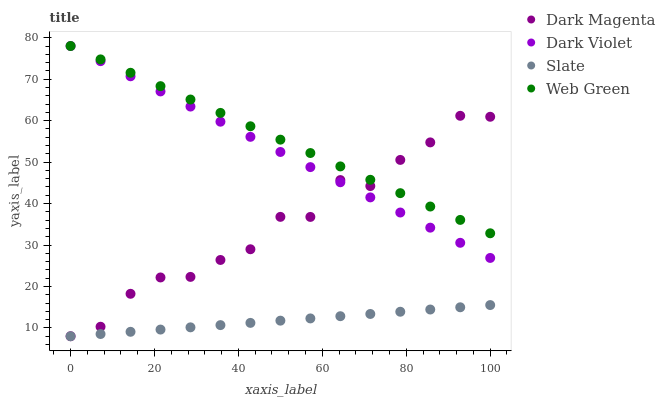
| xaxis_label | Dark Magenta | Dark Violet | Slate | Web Green |
 | --- | --- | --- | --- | --- |
 | 0 | 8 | 78 | 8 | 78 |
 | 7.14 | 10.3 | 74.3 | 8.54 | 74.8 |
 | 14.3 | 18.2 | 70.7 | 9.07 | 71.5 |
 | 21.4 | 22.2 | 67 | 9.61 | 68.3 |
 | 28.6 | 22.3 | 63.4 | 10.1 | 65.1 |
 | 35.7 | 26.4 | 59.7 | 10.7 | 61.9 |
 | 42.9 | 29 | 56.1 | 11.2 | 58.6 |
 | 50 | 36.8 | 52.4 | 11.8 | 55.4 |
 | 57.1 | 36.8 | 48.8 | 12.3 | 52.2 |
 | 64.3 | 45.7 | 45.1 | 12.8 | 49 |
 | 71.4 | 44.2 | 41.5 | 13.4 | 45.7 |
 | 78.6 | 50.5 | 37.8 | 13.9 | 42.5 |
 | 85.7 | 54.8 | 34.2 | 14.4 | 39.3 |
 | 92.9 | 61.2 | 30.5 | 15 | 36.1 |
 | 100 | 60.9 | 26.9 | 15.5 | 32.8 |